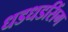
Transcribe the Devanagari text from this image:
धडधडसिंग